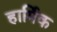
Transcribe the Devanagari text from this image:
हार्मिक